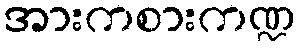
အားကစားကဏ္ဍ